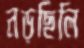
নড়ছিলি